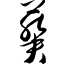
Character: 葵